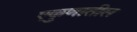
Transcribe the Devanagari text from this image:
एकुणातील